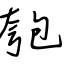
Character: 匏